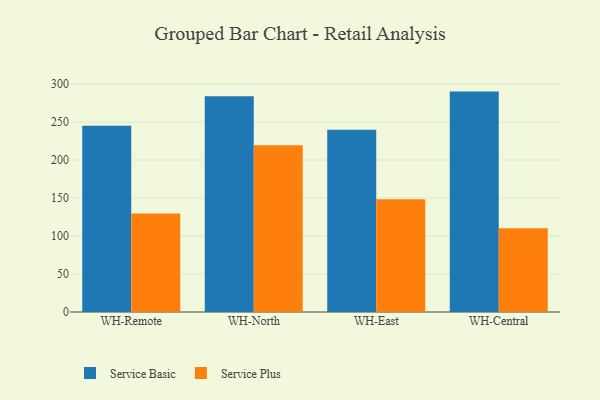
{"axis": {"x": "Warehouse", "y": "Satisfaction Score"}, "legend": ["Service Basic", "Service Plus"], "data": [{"x": "WH-Remote", "y": 245.2, "type": "Service Basic"}, {"x": "WH-Remote", "y": 129.5, "type": "Service Plus"}, {"x": "WH-North", "y": 283.9, "type": "Service Basic"}, {"x": "WH-North", "y": 219.6, "type": "Service Plus"}, {"x": "WH-East", "y": 239.9, "type": "Service Basic"}, {"x": "WH-East", "y": 148.4, "type": "Service Plus"}, {"x": "WH-Central", "y": 290.1, "type": "Service Basic"}, {"x": "WH-Central", "y": 110.1, "type": "Service Plus"}]}